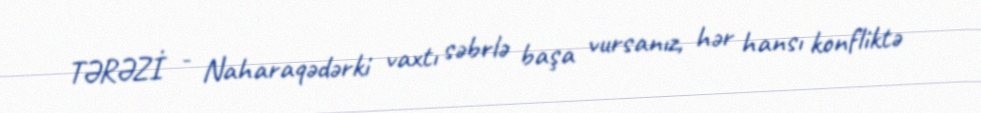
TƏRƏZİ - Naharaqədərki vaxtı səbrlə başa vursanız, hər hansı konfliktə